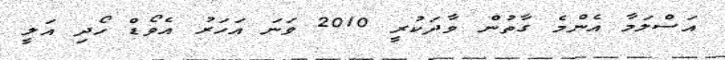
އަސްލަމާ އެންމެ ގާތުން ވާދަކުރީ 2010 ވަނަ އަހަރު އެވޯޑް ހޯދި އަލީ